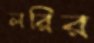
লরির